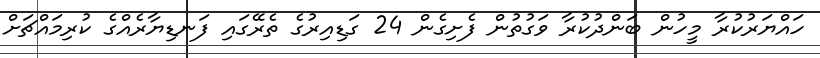
ހައްޔަރުކުރާ މީހުން ބަންދުކުރާ ވަގުތުން ފެށިގެން 24 ގަޑިއިރުގެ ތެރޭގައި ފަނޑިޔާރެއްގެ ކުރިމައްޗަށް